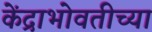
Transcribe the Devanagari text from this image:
केंद्राभोवतीच्या